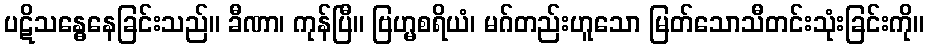
ပဋိသန္ဓေနေခြင်းသည်။ ခီဏာ၊ ကုန်ပြီ။ ဗြဟ္မစရိယံ၊ မဂ်တည်းဟူသော မြတ်သောသီတင်းသုံးခြင်းကို။